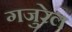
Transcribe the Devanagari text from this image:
गजुरेल